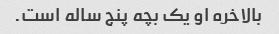
بالاخره او یک بچه پنج ساله است.